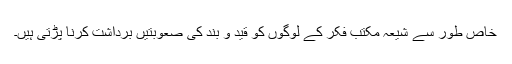
خاص طور سے شیعہ مکتب فکر کے لوگوں کو قید و بند کی صعوبتیں برداشت کرنا پڑتی ہیں۔